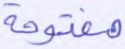
مفتوحة